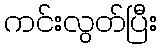
ကင်းလွတ်ပြီး